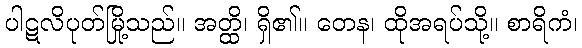
ပါဋလိပုတ်မြို့သည်။ အတ္ထိ၊ ရှိ၏။ တေန၊ ထိုအရပ်သို့။ စာရိကံ၊